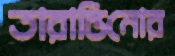
তারান্তিনোর